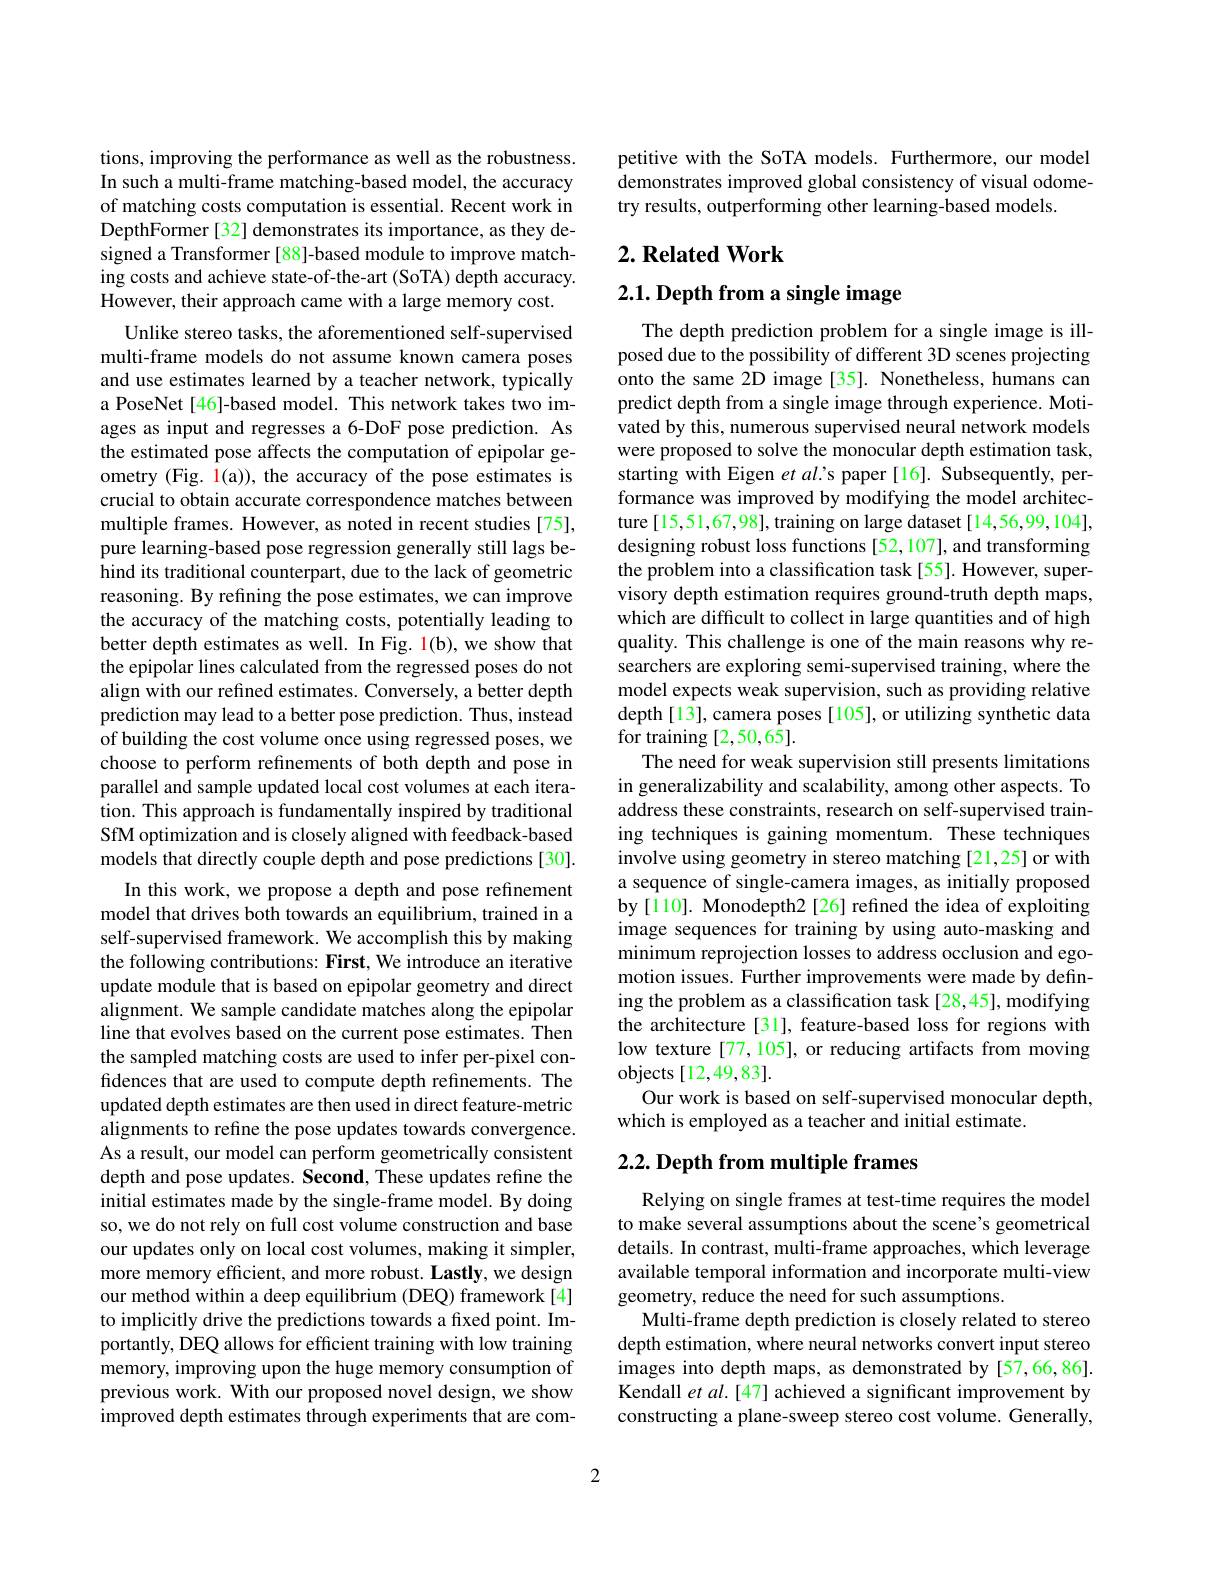
tions, improving the performance as well as the robustness. In such a multi-frame matching-based model, the accuracy of matching costs computation is essential. Recent work in DepthFormer [32] demonstrates its importance, as they designed a Transformer [88]-based module to improve matching costs and achieve state-of-the-art (SoTA) depth accuracy. However, their approach came with a large memory cost.
Unlike stereo tasks, the aforementioned self-supervised multi-frame models do not assume known camera poses and use estimates learned by a teacher network, typically a PoseNet[46]-based model. This network takes two images as input and regresses a 6-DoF pose prediction. As the estimated pose affects the computation of epipolar geometry (Fig. 1(a)), the accuracy of the pose estimates is crucial to obtain accurate correspondence matches between multiple frames. However, as noted in recent studies [75], pure learning-based pose regression generally still lags behind its traditional counterpart, due to the lack of geometric reasoning. By refining the pose estimates, we can improve the accuracy of the matching costs, potentially leading to better depth estimates as well. In Fig. 1(b), we show that the epipolar lines calculated from the regressed poses do not align with our refined estimates. Conversely, a better depth prediction may lead to a better pose prediction. Thus, instead of building the cost volume once using regressed poses, we choose to perform refinements of both depth and pose in parallel and sample updated local cost volumes at each iteration. This approach is fundamentally inspired by traditional SfM optimization and is closely aligned with feedback-based models that directly couple depth and pose predictions [30].
In this work, we propose a depth and pose refinement model that drives both towards an equilibrium, trained in a self-supervised framework. We accomplish this by making the following contributions: First, We introduce an iterative update module that is based on epipolar geometry and direct alignment. We sample candidate matches along the epipolar line that evolves based on the current pose estimates. Then the sampled matching costs are used to infer per-pixel confidences that are used to compute depth refinements. The updated depth estimates are then used in direct feature-metric alignments to refine the pose updates towards convergence. As a result, our model can perform geometrically consistent depth and pose updates. Second, These updates refine the initial estimates made by the single-frame model. By doing so, we do not rely on full cost volume construction and base our updates only on local cost volumes, making it simpler, more memory efficient, and more robust. Lastly, we design our method within a deep equilibrium (DEQ) framework[4] to implicitly drive the predictions towards a fixed point. Importantly, DEQ allows for efficient training with low training memory, improving upon the huge memory consumption of previous work. With our proposed novel design, we show improved depth estimates through experiments that are com-

petitive with the SoTA models. Furthermore, our model demonstrates improved global consistency of visual odometry results, outperforming other learning-based models.

## $2. \textbf{Related Work}$

2.1. Depth from a single image

The depth prediction problem for a single image is illposed due to the possibility of different 3D scenes projecting onto the same 2D image [35]. Nonetheless, humans can predict depth from a single image through experience. Motivated by this, numerous supervised neural network models were proposed to solve the monocular depth estimation task, starting with Eigen etal's paper[16]. Subsequently, performance was improved by modifying the model architecture[15,51,67,98], training on large dataset[14,56,99,104], designing robust loss functions [52,107], and transforming the problem into a classification task[55]. However, supervisory depth estimation requires ground-truth depth maps, which are difficult to collect in large quantities and of high quality. This challenge is one of the main reasons why researchers are exploring semi-supervised training, where the model expects weak supervision, such as providing relative depth[13], camera poses [105], or utilizing synthetic data for training [2,50,65].
The need for weak supervision still presents limitations in generalizability and scalability, among other aspects. To address these constraints, research on self-supervised training techniques is gaining momentum. These techniques involve using geometry in stereo matching [21,25] or with a sequence of single-camera images, as initially proposed by [110]. Monodepth2 [26] refined the idea of exploiting image sequences for training by using auto-masking and minimum reprojection losses to address occlusion and egomotion issues. Further improvements were made by defining the problem as a classification task [28,45], modifying the architecture [31], feature-based loss for regions with low texture [77,105], or reducing artifacts from moving objects [12,49,83].
Our work is based on self-supervised monocular depth,
which is employed as a teacher and initial estimate.

## $2. 2. \textbf{Depth from multiple frames}$

Relying on single frames at test-time requires the model to make several assumptions about the scene's geometrical details. In contrast, multi-frame approaches, which leverage available temporal information and incorporate multi-view geometry, reduce the need for such assumptions.
Multi-frame depth prediction is closely related to stereo depth estimation, where neural networks convert input stereo images into depth maps, as demonstrated by [57,66,86]. Kendall et $al.[47]$ achieved a significant improvement by constructing a plane-sweep stereo cost volume. Generally,

2